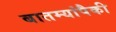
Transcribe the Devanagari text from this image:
बातम्यांपैकी